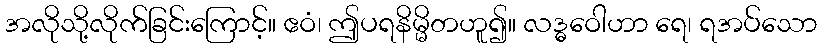
အလိုသို့လိုက်ခြင်းကြောင့်။ ဧဝံ၊ ဤပရနိမ္မိတဟူ၍။ လဒ္ဓဝေါဟာ ရေ၊ ရအပ်သော